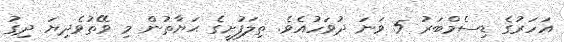
އަހަރުގެ ޑިސެމްބަރު 5 ވަނަ ދުވަހުއެވެ. ތިލަފުށީގެ ޙަޔާތުން މި ވޭތުވެދިޔަ ދިގު